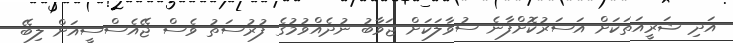
އަދި ޝަރީއަތަކަށް އަސަރުކޮށްފާނެ ސުވާލަކަށް ޖަވާބު ނުދެއްވުމުގެ ފުރުސަތު ވެސް ޖޭއެސްސީއަށް ލިބޭ